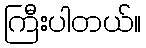
ကြီးပါတယ်။